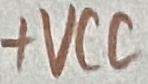
Text: +VCC